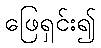
ဖြေရှင်း၍